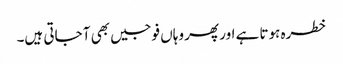
خطرہ ہوتا ہے اور پھر وہاں فوجیں بھی آ جاتی ہیں۔